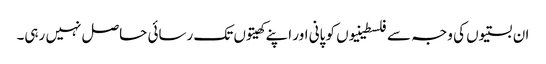
ان بستیوں کی وجہ سے فلسطینیوں کو پانی اور اپنے کھیتوں تک رسائی حاصل نہیں رہی۔